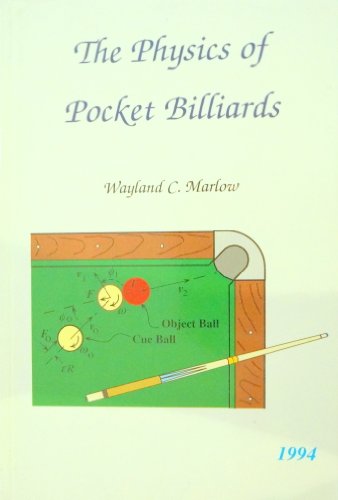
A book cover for The Physics of Pocket Billiards; Wayland C. Marlow; Sports & Outdoors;